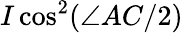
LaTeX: I\cos^{2}(\angle AC/2)